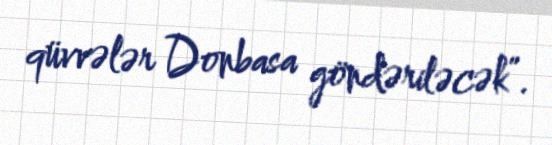
qüvvələr Donbasa göndəriləcək”.